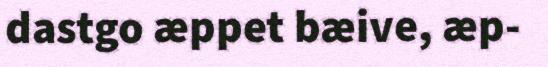
dastgo æppet bæive, æp-